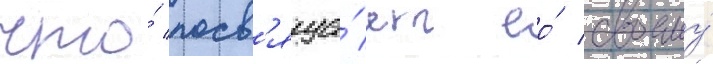
что́ посв'яща́ет ео́ своему́